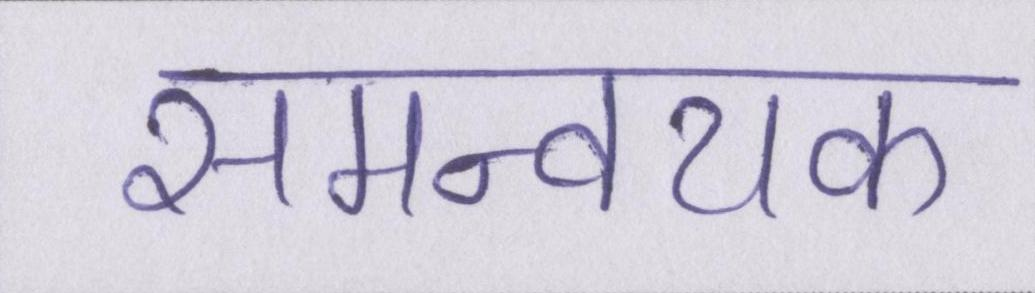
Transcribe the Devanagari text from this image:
समन्वयक